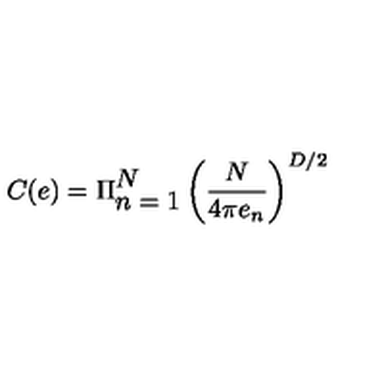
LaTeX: C ( e ) = \Pi _ { \displaystyle { n = 1 } } ^ { \displaystyle { N } } \left( \frac { N } { 4 \pi e _ { n } } \right) ^ { D / 2 }